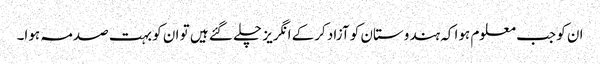
ان کو جب معلوم ہوا کہ ہندوستان کو آزاد کرکے انگریز چلے گئے ہیں تو ان کو بہت صدمہ ہوا۔